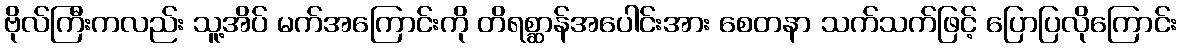
ဗိုလ်ကြီးကလည်း သူ့အိပ် မက်အကြောင်းကို တိရစ္ဆာန်အပေါင်းအား စေတနာ သက်သက်ဖြင့် ပြောပြလိုကြောင်း